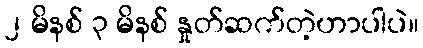
၂ မိနစ် ၃ မိနစ် နှုတ်ဆက်တဲ့ဟာပါပဲ။